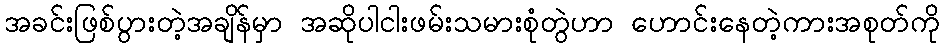
အခင်းဖြစ်ပွားတဲ့အချိန်မှာ အဆိုပါငါးဖမ်းသမားစုံတွဲဟာ ဟောင်းနေတဲ့ကားအစုတ်ကို